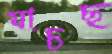
যাচছ